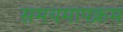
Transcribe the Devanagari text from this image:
समयमापक्रम